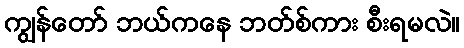
ကျွန်တော် ဘယ်ကနေ ဘတ်စ်ကား စီးရမလဲ။